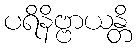
ပရိနိဗ္ဗာယန္တိ